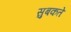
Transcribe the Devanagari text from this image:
सुबकते